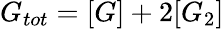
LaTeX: G_{tot}=[G]+2[G_{2}]